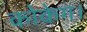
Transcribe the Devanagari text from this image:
कोकेग।